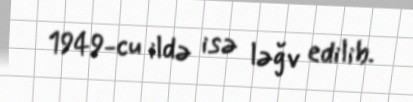
1949-cu ildə isə ləğv edilib.